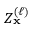
Z _ { \mathbf { x } } ^ { ( \ell ) }